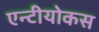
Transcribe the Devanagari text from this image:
एन्टीयोकस